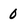
Character: 0